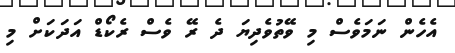
އެހެން ނަމަވެސް މި ވޭތުވެދިޔަ ދެ ރޭ ވެސް ރެކޯޑް އަދަކަށް މި